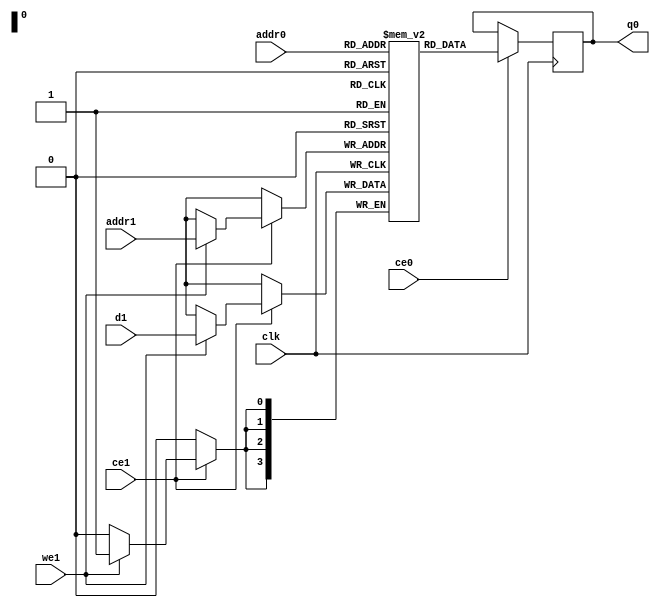
// ==============================================================
// File generated by Vivado(TM) HLS - High-Level Synthesis from C, C++ and SystemC
// Version: 2018.1
// Copyright (C) 1986-2018 Xilinx, Inc. All Rights Reserved.
// 
// ==============================================================

`timescale 1 ns / 1 ps
module process_frame_Hisibs_ram (addr0, ce0, q0, addr1, ce1, d1, we1,  clk);

parameter DWIDTH = 4;
parameter AWIDTH = 4;
parameter MEM_SIZE = 16;

input[AWIDTH-1:0] addr0;
input ce0;
output reg[DWIDTH-1:0] q0;
input[AWIDTH-1:0] addr1;
input ce1;
input[DWIDTH-1:0] d1;
input we1;
input clk;

(* ram_style = "distributed" *)reg [DWIDTH-1:0] ram[0:MEM_SIZE-1];




always @(posedge clk)  
begin 
    if (ce0) 
    begin
            q0 <= ram[addr0];
    end
end


always @(posedge clk)  
begin 
    if (ce1) 
    begin
        if (we1) 
        begin 
            ram[addr1] <= d1; 
        end 
    end
end


endmodule